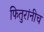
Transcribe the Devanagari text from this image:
फितुरांनीच